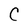
Character: C